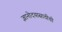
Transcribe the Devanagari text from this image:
ज्ञानोदयासाठीची